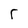
Character: r